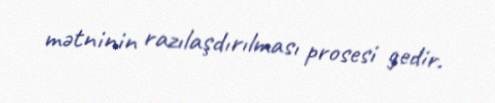
mətninin razılaşdırılması prosesi gedir.